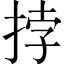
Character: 挬